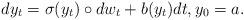
LaTeX: \begin{align*}dy_t = \sigma (y_t) \circ dw_t + b (y_t) dt, y_0 =a.\end{align*}